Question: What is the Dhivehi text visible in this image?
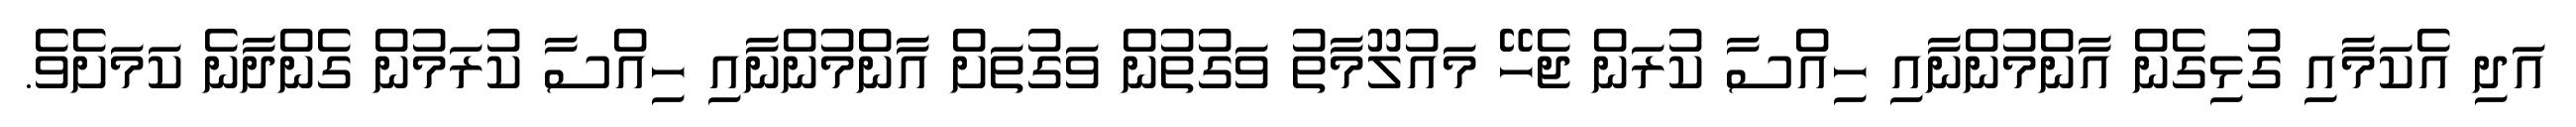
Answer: އަދި އެކަމާއި ގުޅިގެން އާންމުންނާއި ހިއްސާ ކުރަން ޖެހޭ މައުލޫމާތު ވަގުތުން ވަގުތަށް އާންމުންނާއި ހިއްސާ ކުރަމުން ގެންދާނެ ކަމަށެވެ.